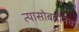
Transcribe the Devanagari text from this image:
त्यासोबतीनेच